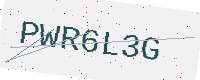
Text: PWR6L3G